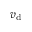
v _ { \mathrm { d } }